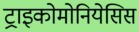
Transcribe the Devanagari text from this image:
ट्राइकोमोनियेसिस